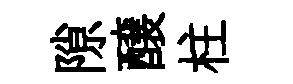
隙醸柱